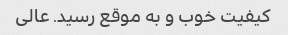
کیفیت خوب و به موقع رسید. عالی